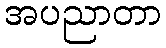
အပညာတာ